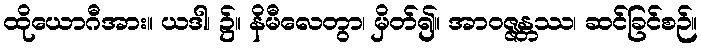
ထိုယောဂီအား။ ယဒါ၊ ၌။ နိမီလေတွာ၊ မှိတ်၍။ အာဝဇ္ဇန္တဿ၊ ဆင်ခြင်စဉ်။